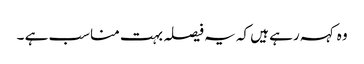
وہ کہہ رہے ہیں کہ یہ فیصلہ بہت مناسب ہے ۔